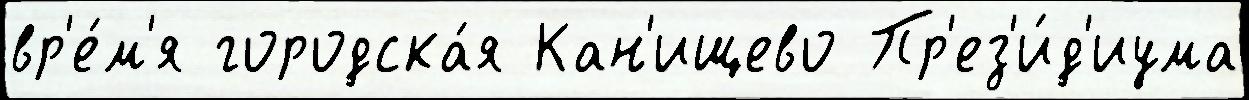
вр'е́м'я городска́я Кан'ищево Пр'ез'и́д'иума